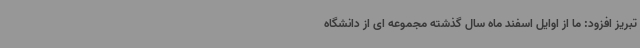
تبریز افزود: ما از اوایل اسفند ماه سال گذشته مجموعه ای از دانشگاه